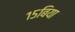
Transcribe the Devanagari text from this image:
१५बिया